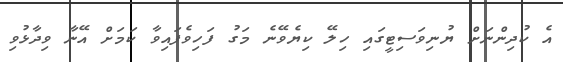
އެ ކުދިންނަށް ޔުނިވަސިޓީގައި ހިލޭ ކިޔެވޭނެ މަގު ފަހިވެފައިވާ ކަމަށް އޭނާ ވިދާޅުވި